Report of the Hyderabad Chloroform Commission
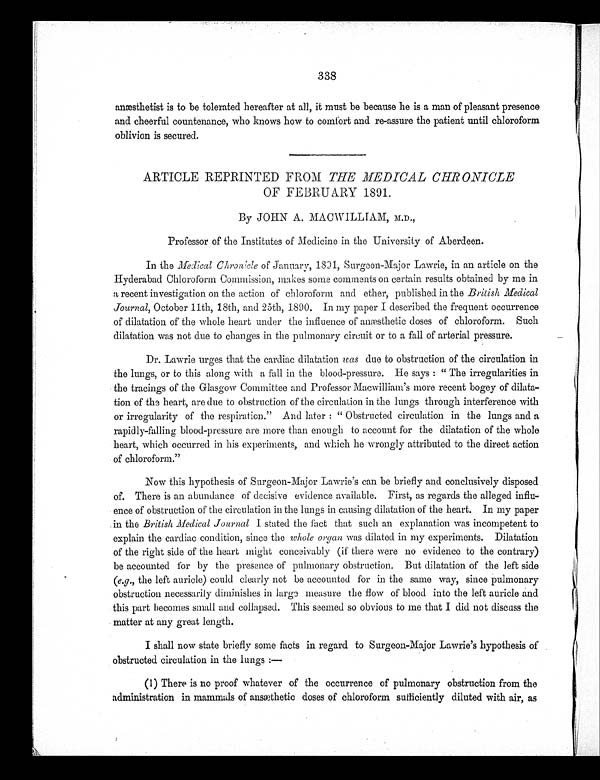
338
anæsthetist is to be tolerated hereafter at all, it must be because he is a man of pleasant presence
and cheerful countenance, who knows how to comfort and re-assure the patient until chloroform
oblivion is secured.
ARTICLE REPRINTED FROM THE MEDICAL CHRONICLE
OF FEBRUARY 1891.
By JOHN A. MACWILLLIAM, M.D.,
Professor of the Institutes of Medicine in the University of Aberdeen.
In the Medical Chronicle of January, 1891, Surgeon-Major Lawrie, in an article on the
Hyderabad Chloroform Commission, makes some comments on certain results obtained by me in
a recent investigation on the action of chloroform and ether, published in the British Medical
Journal, October 11th, 18th, and 25th, 1890. In my paper I described the frequent occurrence
of dilatation of the whole heart under the influence of anæsthetic doses of chloroform. Such
dilatation was not due to changes in the pulmonary circuit or to a fall of arterial pressure.
Dr. Lawrie urges that the cardiac dilatation was due to obstruction of the circulation in
the lungs, or to this along with a fall in the blood-pressure. He says: "The irregularities in
the tracings of the Glasgow Committee and Professor Macwilliam's more recent bogey of dilata--
tion of the heart, are due to obstruction of the circulation in the lungs through interference with
or irregularity of the respiration." And later: "Obstructed circulation in the lungs and a
rapidly-falling blood-pressure are more than enough to account for the dilatation of the whole
heart, which occurred in his experiments, and which he wrongly attributed to the direct action
of chloroform."
Now this hypothesis of Surgeon-Major Lawrie's can be briefly and conclusively disposed
of. There is an abundance of decisive evidence available. First, as regards the alleged influ--
ence of obstruction of the circulation in the lungs in causing dilatation of the heart. In my paper
in the British Medical Journal I stated the fact that such an explanation was incompetent to
explain the cardiac condition, since the whole organ was dilated in my experiments. Dilatation
of the right side of the heart might conceivably (if there were no evidence to the contrary)
be accounted for by the presence of pulmonary obstruction. But dilatation of the left side
(e.g ., the left auricle) could clearly not be accounted for in the same way, since pulmonary
obstruction necessarily diminishes in large measure the flow of blood into the left auricle and
this part becomes small and collapsed. This seemed so obvious to me that I did not discuss the
matter at any great length.
I shall now state briefly some facts in regard to Surgeon-Major Lawrie's hypothesis of
obstructed circulation in the lungs:—
(1) There is no proof whatever of the occurrence of pulmonary obstruction from the
administration in mammals of ansæthetic doses of chloroform sufficiently diluted with air, as